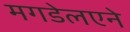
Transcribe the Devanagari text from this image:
मगडेलएने